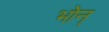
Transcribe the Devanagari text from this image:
भोन्